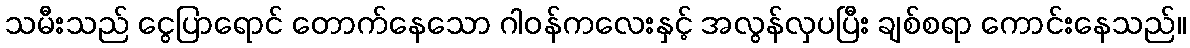
သမီးသည် ငွေပြာရောင် တောက်နေသော ဂါဝန်ကလေးနှင့် အလွန်လှပပြီး ချစ်စရာ ကောင်းနေသည်။